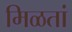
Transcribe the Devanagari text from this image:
मिळतां